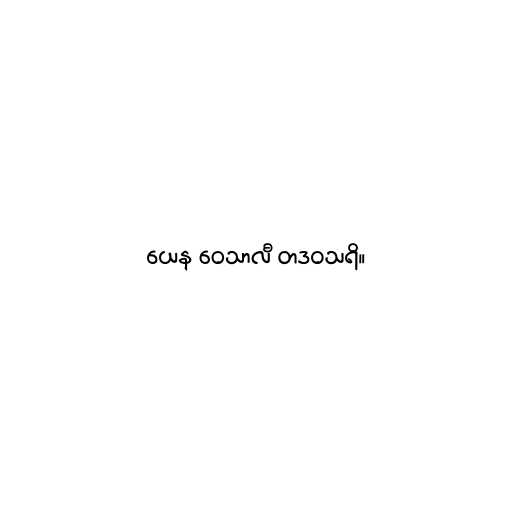
ယေန ဝေသာလီ တဒဝသရိ။